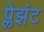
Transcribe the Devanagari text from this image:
प्लेझंट